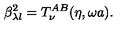
\beta _ { \lambda l } ^ { 2 } = T _ { \nu } ^ { A B } ( \eta , \omega a ) .